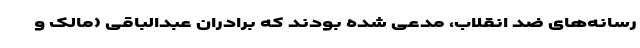
رسانه‌های ضد انقلاب، مدعی شده‌ بودند که برادران عبدالباقی (مالک و